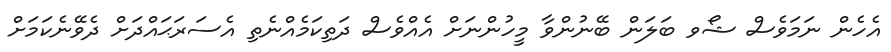
އެހެން ނަމަވެސް ޝޯވ ބަލަން ބޭނުންވާ މީހުންނަށް އެއްވެސް ދަތިކަމެއްނެތި އެސަރަޙައްދަށް ދެވޭނެކަމަށް